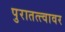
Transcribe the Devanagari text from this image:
पुरातत्त्वावर